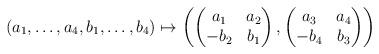
LaTeX: \begin{align*}(a_1,\ldots,a_4,b_1,\ldots,b_4)\mapsto \left ( \begin{pmatrix} a_1 & a_2 \\ -b_2 & b_1\end{pmatrix}, \begin{pmatrix} a_3 & a_4 \\ -b_4 & b_3 \end{pmatrix} \right )\end{align*}